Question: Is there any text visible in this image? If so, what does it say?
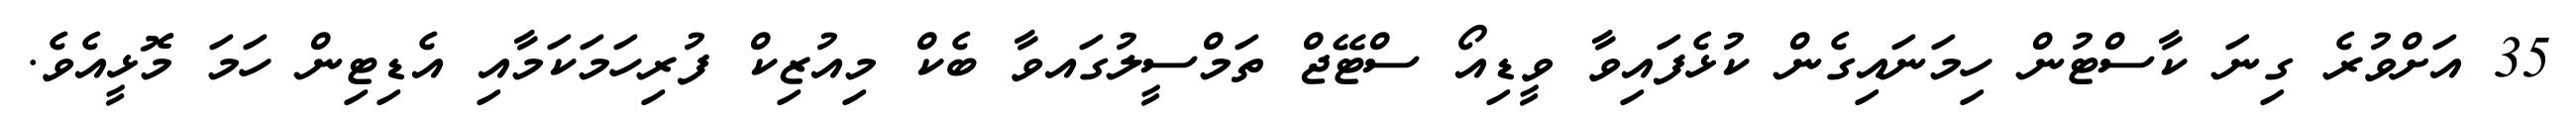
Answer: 35 އަށްވުރެ ގިނަ ކާސްޓުން ހިމަނައިގެން ކުޅެފައިވާ ވީޑިއޯ ސްޓޭޖް ތަމްސީލުގައވާ ބެކް މިއުޒިކް ފުރިހަމަކަމާއި އެޑިޓިން ހަމަ މޮޅީއެވެ.